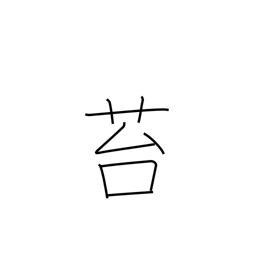
Meaning: moss